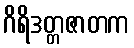
ဂိရိဒတ္တဇာတက